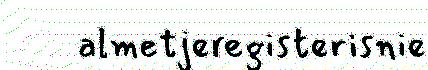
almetjeregisterisnie